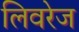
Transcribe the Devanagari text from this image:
लिवरेज